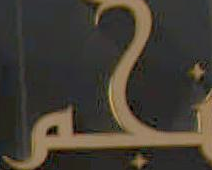
نجم